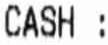
CASH: